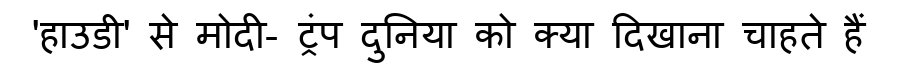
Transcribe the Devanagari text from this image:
'हाउडी' से मोदी- ट्रंप दुनिया को क्या दिखाना चाहते हैं